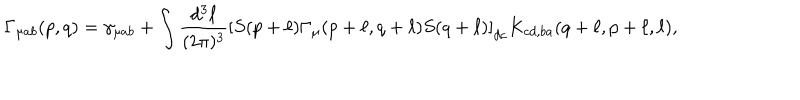
\Gamma _ { \mu a b } ( p , q ) = \gamma _ { \mu a b } + \int \frac { d ^ { 3 } \ell } { ( 2 \pi ) ^ { 3 } } \left[ S ( p + \ell ) \Gamma _ { \mu } ( p + \ell , q + \ell ) S ( q + \ell ) \right] _ { d c } K _ { c d , b a } ( q + \ell , p + \ell , \ell ) ,